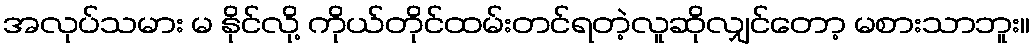
အလုပ်သမား မ နိုင်လို့ ကိုယ်တိုင်ထမ်းတင်ရတဲ့လူဆိုလျှင်တော့ မစားသာဘူး။